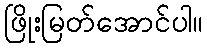
ဖြိုးမြတ်အောင်ပါ။